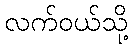
လက်ဝယ်သို့